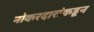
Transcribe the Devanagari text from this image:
नोकरदारांकडून